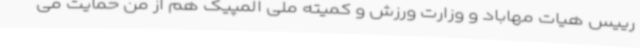
رییس هیات مهاباد و وزارت ورزش و کمیته ملی المپیک هم از من حمایت می